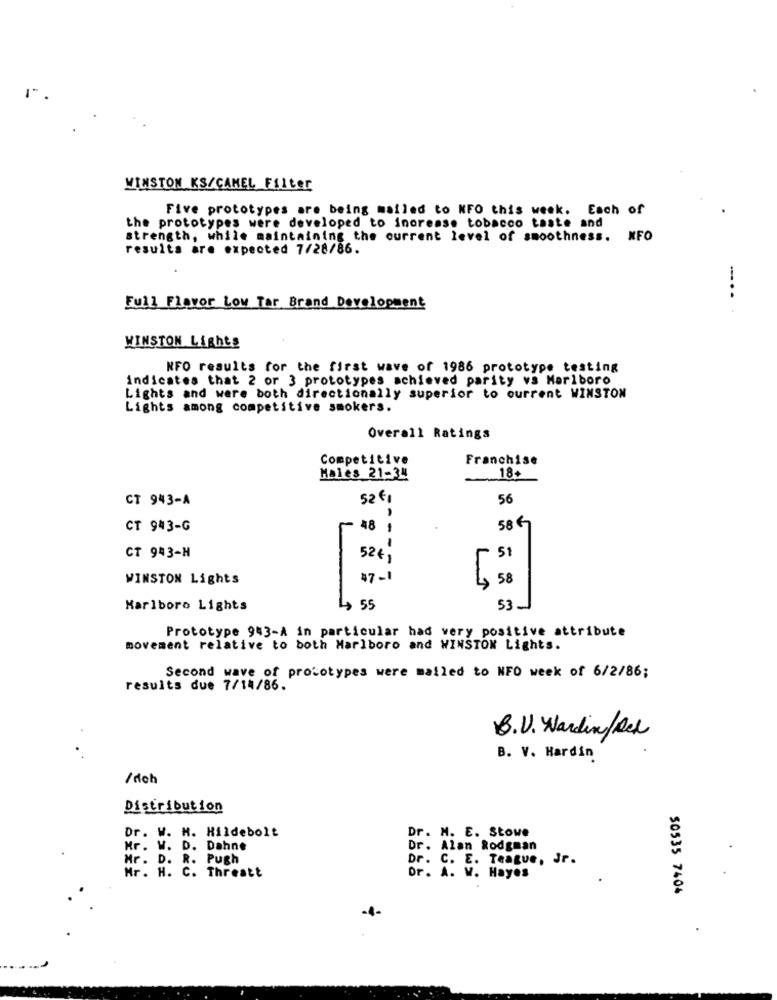
WINSTON KS/CAMEL Filter
Five prototypes are being mailed to NFO this week. Each of
the prototypes were developed to increase tobacco taste and
strength, while maintaining the current level of smoothness. XFO
resulta are expected 7/28/86.
Full Flavor Low Tar Brand Development
WINSTON Lights
NFO results for the first wave of 1986 prototype testing
indicates that 2 or 3 prototypes achieved parity vs Marlboro
Lights and were both directionally superior to ourrent WINSTON
Lights among competitive smokers.
Overall Ratings
Competitive
Franchise
Males 21-34
18
CT 943-A
52 €1
56
CT 943-G
58 €
CT 943-H
524,
51
WINSTON Lights
$7-1
4, 50
Marlboro Lights
55
Prototype 943-A in particular had very positive attribute
movement relative to both Marlboro and WINSTON Lights.
Second wave of prototypes were mailed to NFO week of 6/2/86;
results due 7/14/86.
B.V. Wardin/Red
B. V. Hardin
/ doh
Distribution
Dr. W. H. Hildebolt
Dr. M. E. Stowe
Mr. W. D. Dahne
Dr. Alan Rodgman
Mr . D. R. Pugh
Dr. C. E. Teague, Jr.
Mr. H. C. Threatt
Dr. A. W. Hayes
50535 7404